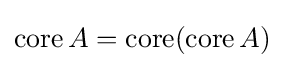
\operatorname {core} A=\operatorname {core} (\operatorname {core} A)